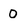
Character: 0